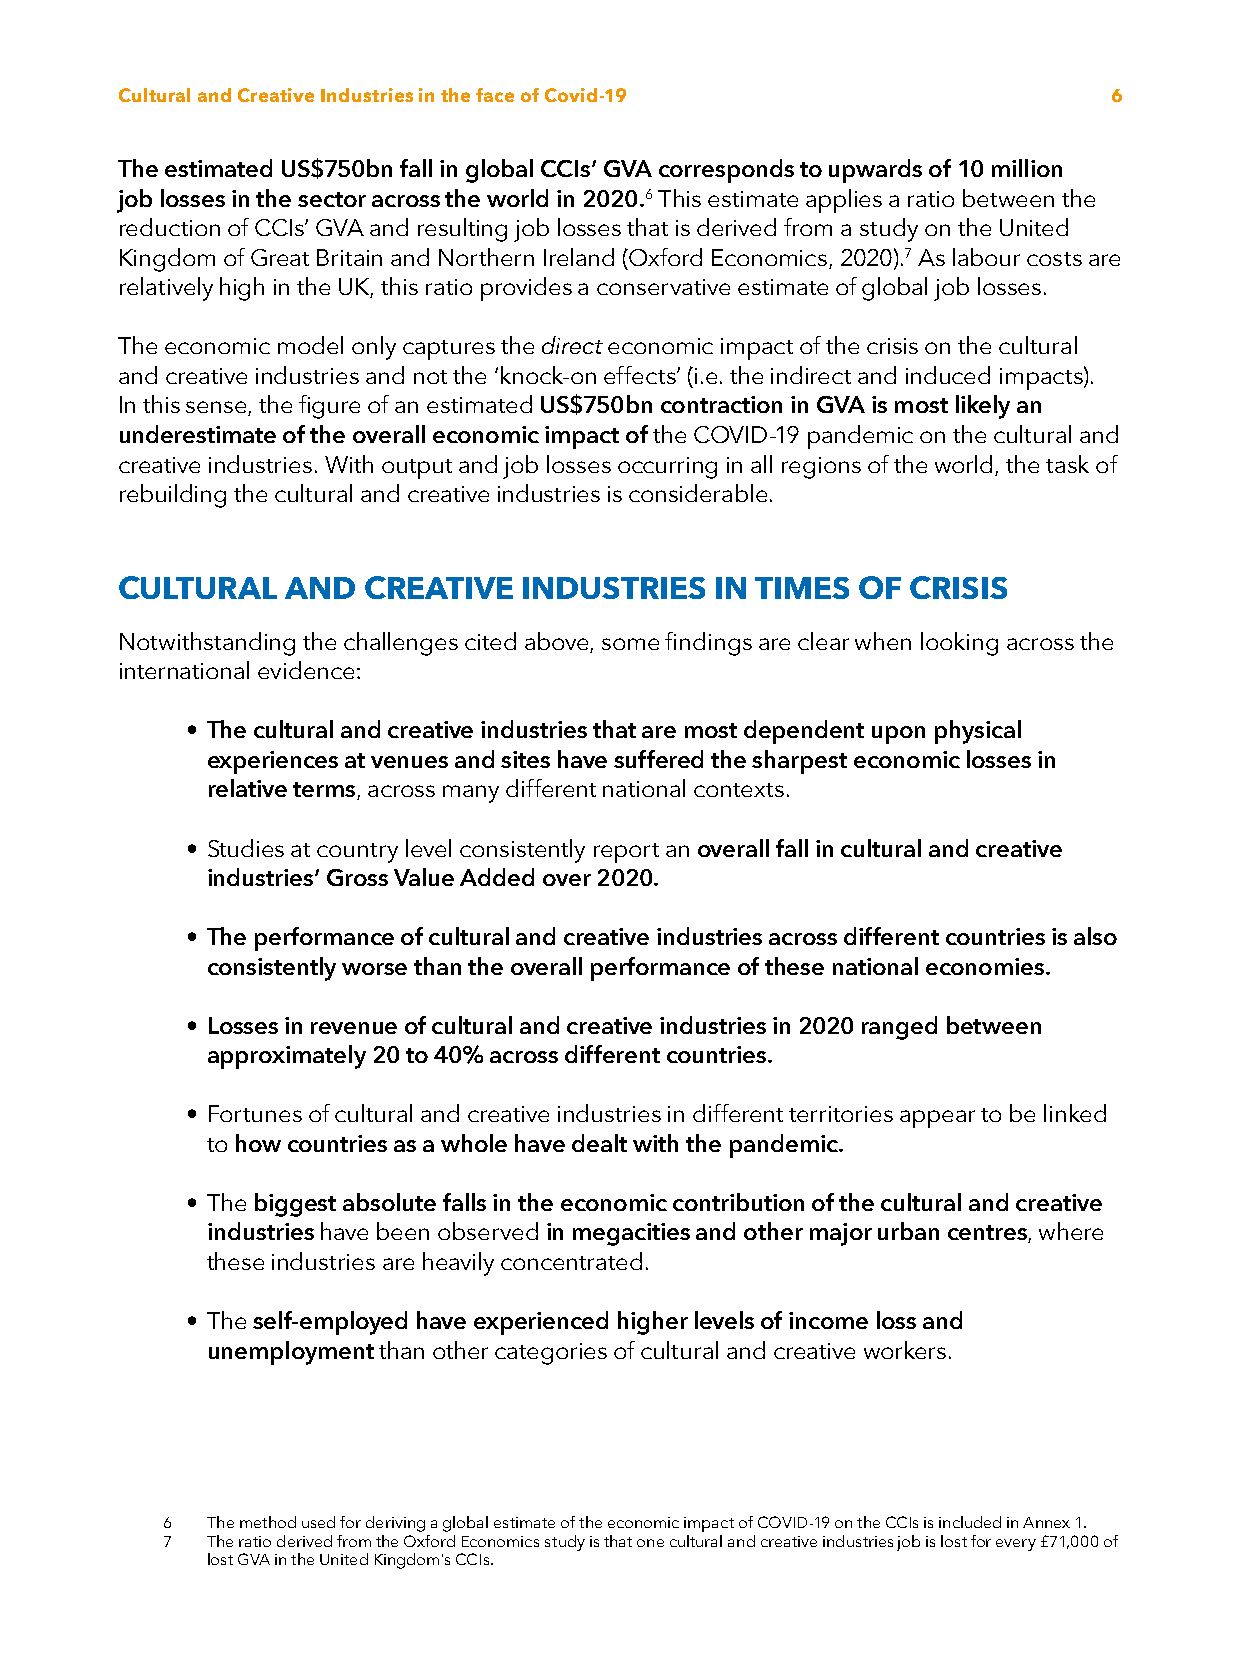
Cultural and Creative Industries in the face of Covid-19         6
 The estimated US$750bn fall in global CCIs’ GVA corresponds to upwards of 10 million
 job losses in the sector across the world in 2020.6 This estimate applies a ratio between the
 reduction of CCIs’ GVA and resulting job losses that is derived from a study on the United
 Kingdom of Great Britain and Northern Ireland (Oxford Economics, 2020).7 As labour costs are
 relatively high in the UK, this ratio provides a conservative estimate of global job losses.
 The economic model only captures the direct economic impact of the crisis on the cultural
 and creative industries and not the ‘knock-on effects’ (i.e. the indirect and induced impacts).
 In this sense, the figure of an estimated US$750bn contraction in GVA is most likely an
 underestimate of the overall economic impact of the COVID-19 pandemic on the cultural and
 creative industries. With output and job losses occurring in all regions of the world, the task of
 rebuilding the cultural and creative industries is considerable.
 CULTURAL   AND  CREATIVE   INDUSTRIES  IN TIMES  OF CRISIS
 Notwithstanding the challenges cited above, some findings are clear when looking across the
 international evidence:
 • The cultural and creative industries that are most dependent upon physical
 experiences at venues and sites have suffered the sharpest economic losses in
 relative terms, across many different national contexts.
 • Studies at country level consistently report an overall fall in cultural and creative
 industries’ Gross Value Added over 2020.
 • The performance of cultural and creative industries across different countries is also
 consistently worse than the overall performance of these national economies.
 • Losses in revenue of cultural and creative industries in 2020 ranged between
 approximately 20 to 40% across different countries.
 • Fortunes of cultural and creative industries in different territories appear to be linked
 to how countries as a whole have dealt with the pandemic.
 • The biggest absolute falls in the economic contribution of the cultural and creative
 industries have been observed in megacities and other major urban centres, where
 these industries are heavily concentrated.
 • The self-employed have experienced higher levels of income loss and
 unemployment than other categories of cultural and creative workers.
 6  The method used for deriving a global estimate of the economic impact of COVID-19 on the CCIs is included in Annex 1.
 7  The ratio derived from the Oxford Economics study is that one cultural and creative industries job is lost for every £71,000 of
 lost GVA in the United Kingdom's CCIs.